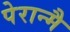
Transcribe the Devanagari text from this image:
पेरान्मै